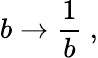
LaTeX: b\to{\frac{1}{b}}\ ,